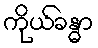
ကိုယ်ခန္ဓာ